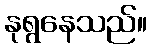
နုရွနေသည်။